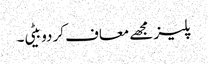
پلیز مجھے معاف کر دو بیٹی۔